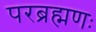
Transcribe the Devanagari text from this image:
परब्रह्मणः